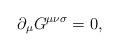
LaTeX: \begin{align*}{\partial}_{\mu}G^{{\mu}{\nu}{\sigma}}=0,\end{align*}